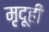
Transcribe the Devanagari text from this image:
मृदूही